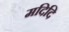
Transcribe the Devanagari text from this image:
मदिदि